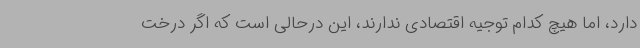
دارد، اما هیچ کدام توجیه اقتصادی ندارند، این درحالی است که اگر درخت